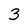
Character: 3